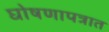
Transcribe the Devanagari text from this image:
घोषणापत्रात